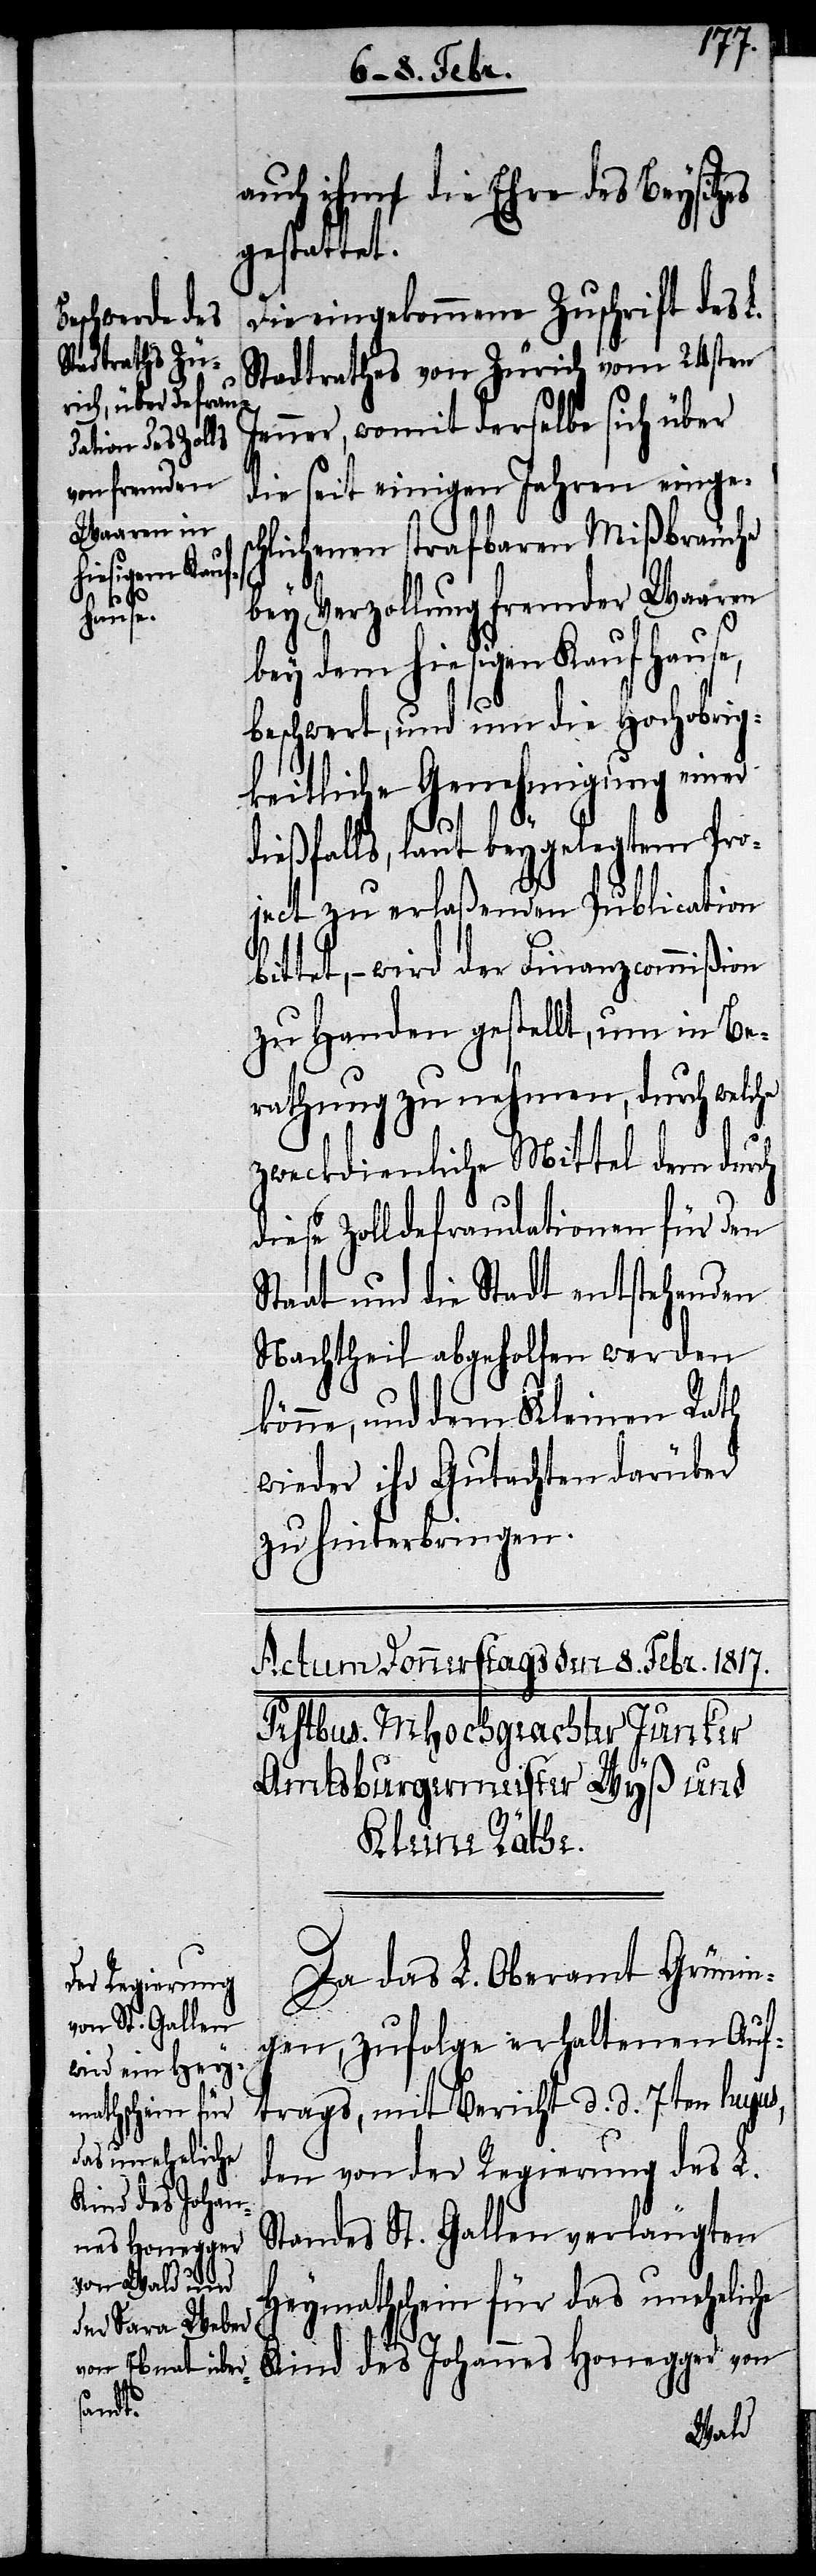
auch ihm die Ehre des Beysitzes
gestattet.
Die eingekommene Zuschrift des L.
Stadtrathes von Zürich vom 24sten
Jenner, womit derselbe sich über
die seit einigen Jahren einges¬
chlichenen strafbaren Mißbräuche
bey Verzollung fremder Waaren
bey dem hiesigen Kaufhause,
beschwert, und um die Hochobrig¬
keitliche Genehmigung einer
dießfalls, laut beygelegtem Pro¬
ject zu erlaßenden Publication
bittet, – wird der Finanzcommißion
zu Handen gestellt, um in Be¬
rathung zu nehmen, durch welche
zweckdienliche Mittel dem durch
diese Zolldefraudationen für den
Staat und die Stadt entstehenden
Nachtheil abgeholfen werden
könne, und dem Kleinen Rath
wieder ihr Gutachten darüber
zu hinterbringen.
Da das L. Oberamt Grünin¬
gen, zufolge erhaltenen Auf¬
trags, mit Bericht d. d. 7ten hujus,
den von der Regierung des L.
Kind des Johan¬
Standes St. Gallen verlangten
nes Honegger
Heymathschein für das uneheliche